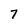
Character: 7